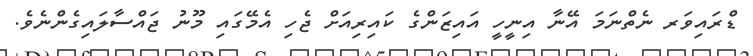
ޑްރައިވަރ ނެތްނަމަ އޭނާ އިނީހީ އައިޒަންގެ ކައިރިއަށް ޖެހި އެމޭގައި މޫނު ޖައްސާލައިގެންނެވެ.